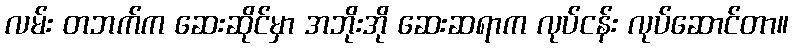
လမ်း တဘက်က ဆေးဆိုင်မှာ အဘိုးအို ဆေးဆရာက လုပ်ငန်း လုပ်ဆောင်တာ။